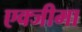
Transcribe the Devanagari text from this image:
एक्जीमा